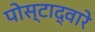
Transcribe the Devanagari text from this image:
पोस्टाद्वारे